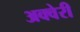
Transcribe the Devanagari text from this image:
अक्वेरी